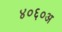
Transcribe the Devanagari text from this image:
४०६०अ